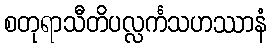
စတုရာသီတိပလ္လင်္ကသဟဿာနံ